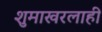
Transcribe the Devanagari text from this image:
शुमाखरलाही